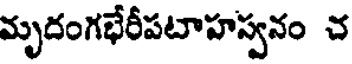
మృదంగభేరీపటాహస్వనం చ